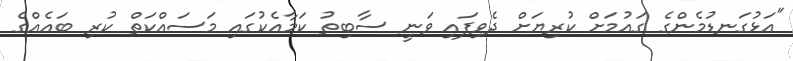
"އަޅުގަނޑުމެންގެ ގައުމަށް ކުރިޔަށް ދެވިފައި ވަނީ ސާބިތު ކަމާއެކުގައި މަސައްކަތް ކުރި ބައެއްގެ